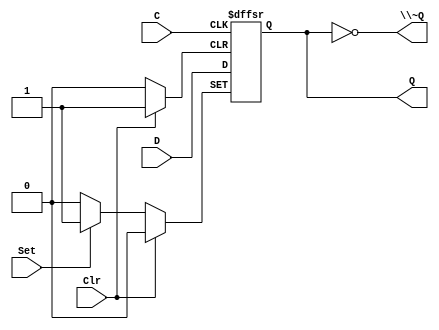
/*
 * Generated by Digital. Don't modify this file!
 * Any changes will be lost if this file is regenerated.
 */

module DIG_D_FF_AS_1bit
#(
    parameter Default = 0
)
(
   input Set,
   input D,
   input C,
   input Clr,
   output Q,
   output \~Q
);
    reg state;

    assign Q = state;
    assign \~Q  = ~state;

    always @ (posedge C or posedge Clr or posedge Set)
    begin
        if (Set)
            state <= 1'b1;
        else if (Clr)
            state <= 'h0;
        else
            state <= D;
    end

    initial begin
        state = Default;
    end
endmodule

module nlprg4 (
  input ck,
  input rst,
  output [3:0] o
);
  wire o1;
  wire s0;
  wire o0;
  wire o2;
  wire s1;
  wire o3;
  DIG_D_FF_AS_1bit #(
    .Default(0)
  )
  DIG_D_FF_AS_1bit_i0 (
    .Set( 1'b0 ),
    .D( s0 ),
    .C( ck ),
    .Clr( rst ),
    .Q( o0 )
  );
  DIG_D_FF_AS_1bit #(
    .Default(0)
  )
  DIG_D_FF_AS_1bit_i1 (
    .Set( 1'b0 ),
    .D( o1 ),
    .C( ck ),
    .Clr( rst ),
    .Q( o2 )
  );
  DIG_D_FF_AS_1bit #(
    .Default(0)
  )
  DIG_D_FF_AS_1bit_i2 (
    .Set( 1'b0 ),
    .D( s1 ),
    .C( ck ),
    .Clr( rst ),
    .Q( o1 )
  );
  DIG_D_FF_AS_1bit #(
    .Default(0)
  )
  DIG_D_FF_AS_1bit_i3 (
    .Set( 1'b0 ),
    .D( o2 ),
    .C( ck ),
    .Clr( rst ),
    .Q( o3 )
  );
  assign s0 = ~ ((o2 ^ o3) ^ o1);
  assign s1 = (~ (o2 ^ o0) ^ (~ (o3 | o2) & ~ o1));
  assign o[0] = o0;
  assign o[1] = o1;
  assign o[2] = o2;
  assign o[3] = o3;
endmodule